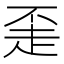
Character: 𬦇